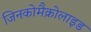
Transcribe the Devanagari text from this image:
जिनकोमैक्रोलाइड